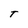
Character: T